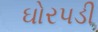
ઘોરપડી